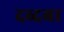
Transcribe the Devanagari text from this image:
दब्दबा